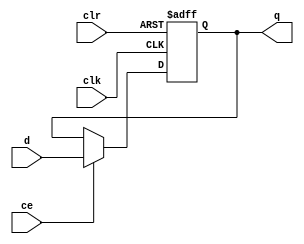
`timescale 1ns / 1ps
//////////////////////////////////////////////////////////////////////////////////
// Company: 
// Engineer: 
// 
// Design Name: 
// Module Name: pmdff
// Project Name: 
// Target Devices: 
// Tool Versions: 
// Description: 
// 
// Dependencies: 
// 
// Revision:
// Revision 0.01 - File Created
// Additional Comments:
// 
//////////////////////////////////////////////////////////////////////////////////


module pmdff(clk,clr,d,q,ce);

    input clk, ce, clr;
    input [3:0] d;
    
    output reg [3:0] q;

    always@(posedge clr or posedge clk)
    begin
        if(clr) 
        begin
        q <= 0;
        end
        else if(ce) 
        begin
        q <= d;
        end
    end
endmodule